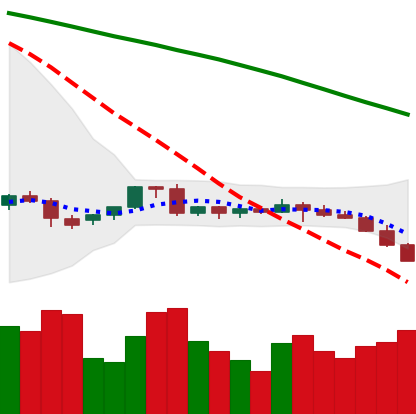
Ticker: EOS-USD
Chart end date: 2022-06-12
Forward return: -9.872%
Label: down_7plus